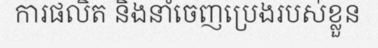
ការផលិត និងនាំចេញប្រេងរបស់ខ្លួន